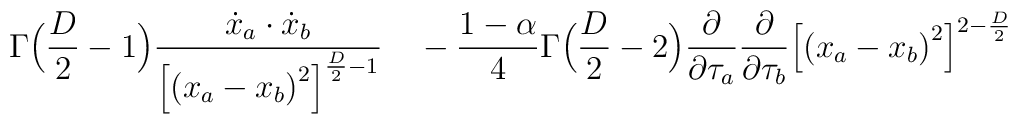
\Gamma\Bigl({D\over 2}-1\Bigr){{\dot x_a\cdot\dot x_b\over{\Bigl[{(x_a - x_b)}^2\Bigr]}^{{D\over 2}-1}}\quad}\nonumber\\-{1-\alpha\over 4}\Gamma\Bigl({{D\over 2}-2}\Bigr){\partial\over\partial\tau_a}{\partial\over\partial\tau_b}{\Bigl[{(x_a-x_b)}^2\Bigr]}^{2-{D\over2}}